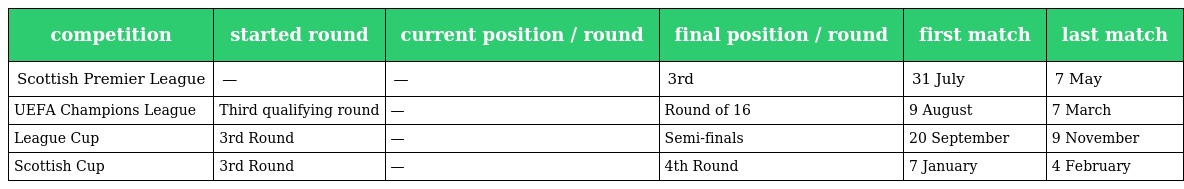
| competition | started round | current position / round | final position / round | first match | last match |
 | --- | --- | --- | --- | --- | --- |
 | Scottish Premier League | — | — | 3rd | 31 July | 7 May |
 | UEFA Champions League | Third qualifying round | — | Round of 16 | 9 August | 7 March |
 | League Cup | 3rd Round | — | Semi-finals | 20 September | 9 November |
 | Scottish Cup | 3rd Round | — | 4th Round | 7 January | 4 February |